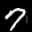
Label: 7